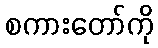
စကားတော်ကို